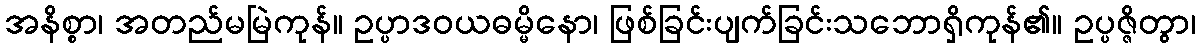
အနိစ္စာ၊ အတည်မမြဲကုန်။ ဥပ္ပာဒဝယဓမ္မိနော၊ ဖြစ်ခြင်းပျက်ခြင်းသဘောရှိကုန်၏။ ဥပ္ပဇ္ဇိတွာ၊